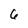
Character: 6